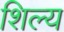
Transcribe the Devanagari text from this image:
शिल्य